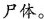
尸体。